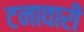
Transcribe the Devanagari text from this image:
टनावारी